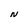
Character: N